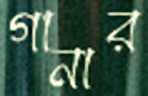
গানার